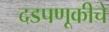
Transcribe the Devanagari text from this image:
दडपणूकीचे